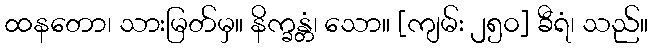
ထနတော၊ သားမြတ်မှ။ နိက္ခန္တံ၊ သော။ [ကျမ်း ၂၅၀] ခီရံ၊ သည်။